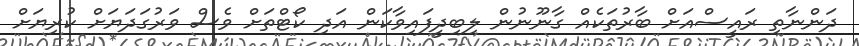
ދަންނާތި ރައީސްއަށް ބާރުތަކެއް ގާނޫނުން ލިބިދީފައިވާކަން އަދި ކޯޓްތަށް ވެސް ވަރުގަދަޔަށް ކުރިޔަށް